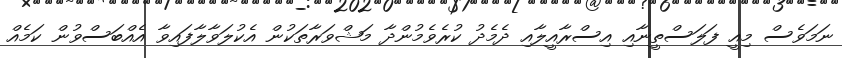
ނަމަވެސް މިއީ ފަލަސްތީނާއި އިސްރާއީލާއި ދެމެދު ކުރެވެމުންދާ މަޝްވަރާތަކުން އެކުލަވާލާފައިވާ އެއްބަސްވުން ކަމެއް